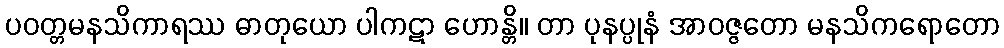
ပဝတ္တမနသိကာရဿ ဓာတုယော ပါကဋာ ဟောန္တိ။ တာ ပုနပ္ပုနံ အာဝဇ္ဇတော မနသိကရောတော